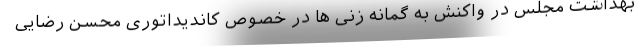
بهداشت مجلس در واکنش به گمانه زنی ها در خصوص کاندیداتوری محسن رضایی